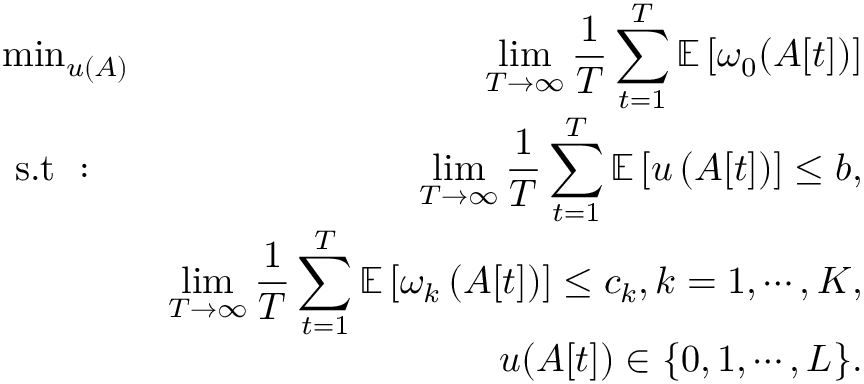
\begin{array} { r l r } & { \operatorname* { m i n } _ { u ( A ) } } & { \displaystyle \operatorname* { l i m } _ { T \rightarrow \infty } \frac { 1 } { T } \sum _ { t = 1 } ^ { T } \mathbb { E } \left[ \omega _ { 0 } ( A [ t ] ) \right] } \\ & { \mathrm { ~ s . t ~ } : } & { \displaystyle \operatorname* { l i m } _ { T \rightarrow \infty } \frac { 1 } { T } \sum _ { t = 1 } ^ { T } \mathbb { E } \left[ u \left( A [ t ] \right) \right] \leq b , } \\ & { } & { \displaystyle \operatorname* { l i m } _ { T \rightarrow \infty } \frac { 1 } { T } \sum _ { t = 1 } ^ { T } \mathbb { E } \left[ \omega _ { k } \left( A [ t ] \right) \right] \leq c _ { k } , k = 1 , \cdots , K , } \\ & { } & { u ( A [ t ] ) \in \{ 0 , 1 , \cdots , L \} . } \end{array}